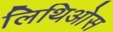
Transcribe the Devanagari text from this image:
लिथिओस